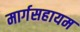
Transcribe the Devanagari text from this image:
मार्गसहायम